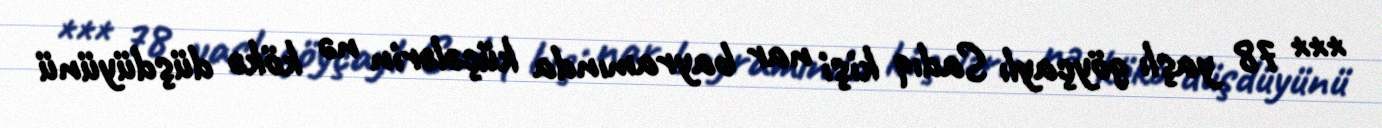
*** 78 yaşlı göyçaylı Sadıq kişi nar bayramında küçələrin nə kökə düşdüyünü